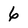
Character: 6